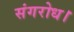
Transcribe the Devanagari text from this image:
संगरोध।